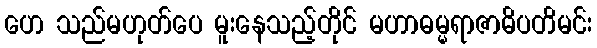
ဟေ သည်မဟုတ်ပေ မူးနေသည့်တိုင် မဟာဓမ္မရာဇာဓိပတိမင်း